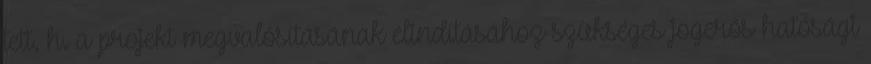
tett. h. a projekt megvalósításának elindításához szükséges jogerős hatósági